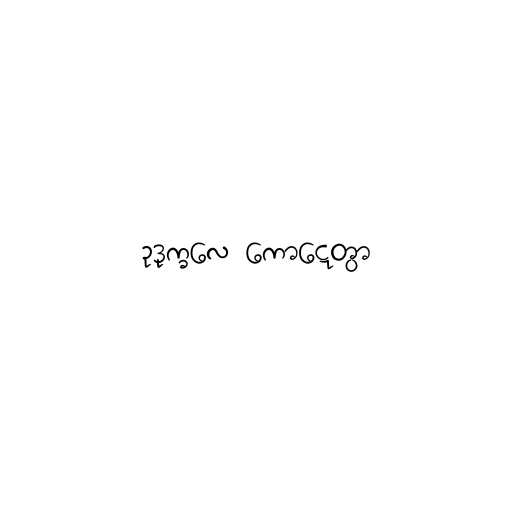
ဥဒုက္ခလေ ကောဋ္ဋေတွာ